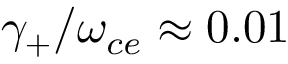
\gamma _ { + } / \omega _ { c e } \approx 0 . 0 1